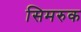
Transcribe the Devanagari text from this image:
सिमरुक